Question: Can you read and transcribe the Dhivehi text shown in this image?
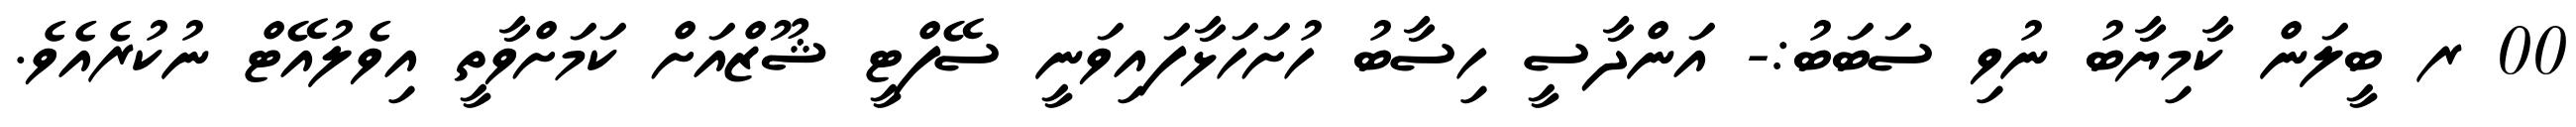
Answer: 00 ރ ބީލަން ކާމިޔާބު ނުވި ސަބަބު:- އަންދާސީ ހިސާބު ހުށަހަޅާފައިވަނީ ސޭފްޓީ ޝޫޒްއަށް ކަމަށްވާތީ އިވެލުއޭޓް ނުކުރެއެވެ.